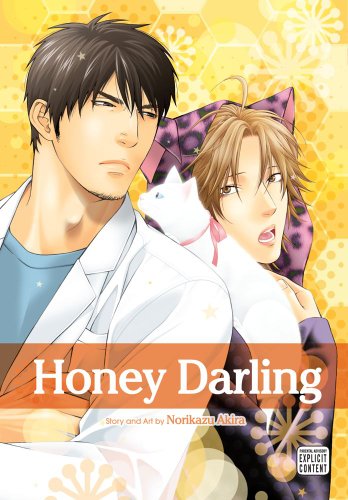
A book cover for Honey Darling (Yaoi Manga); Norikazu Akira; Comics & Graphic Novels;